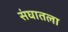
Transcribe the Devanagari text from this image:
संघातला